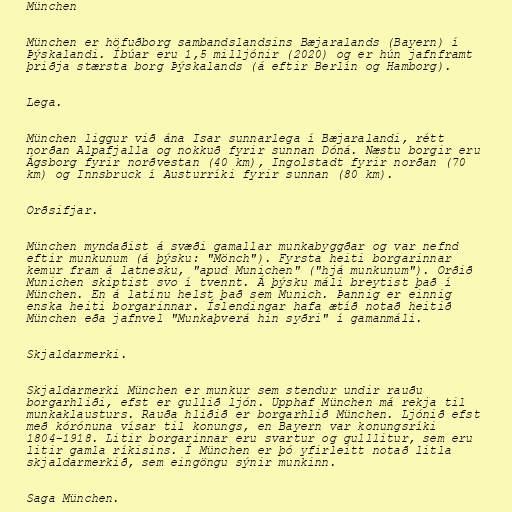
München

München er höfuðborg sambandslandsins Bæjaralands (Bayern) í
Þýskalandi. Íbúar eru 1,5 milljónir (2020) og er hún jafnframt
þriðja stærsta borg Þýskalands (á eftir Berlín og Hamborg).

Lega.

München liggur við ána Isar sunnarlega í Bæjaralandi, rétt
norðan Alpafjalla og nokkuð fyrir sunnan Dóná. Næstu borgir eru
Ágsborg fyrir norðvestan (40 km), Ingolstadt fyrir norðan (70
km) og Innsbruck í Austurríki fyrir sunnan (80 km).

Orðsifjar.

München myndaðist á svæði gamallar munkabyggðar og var nefnd
eftir munkunum (á þýsku: "Mönch"). Fyrsta heiti borgarinnar
kemur fram á latnesku, "apud Munichen" ("hjá munkunum"). Orðið
Munichen skiptist svo í tvennt. Á þýsku máli breytist það í
München. En á latínu helst það sem Munich. Þannig er einnig
enska heiti borgarinnar. Íslendingar hafa ætíð notað heitið
München eða jafnvel "Munkaþverá hin syðri" í gamanmáli.

Skjaldarmerki.

Skjaldarmerki München er munkur sem stendur undir rauðu
borgarhliði, efst er gullið ljón. Upphaf München má rekja til
munkaklausturs. Rauða hliðið er borgarhlið München. Ljónið efst
með kórónuna vísar til konungs, en Bayern var konungsríki
1804-1918. Litir borgarinnar eru svartur og gulllitur, sem eru
litir gamla ríkisins. Í München er þó yfirleitt notað litla
skjaldarmerkið, sem eingöngu sýnir munkinn.

Saga München.